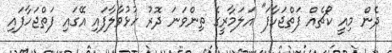
ދެން މިއީ ކޯޗެއް ފަތްޖަހާފަ" އަލަމާރީގެ ތިންވަނަ ދޮރު ހުޅުވާލާފައި އޭގައި ފަތްޖަހާފައި